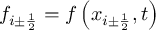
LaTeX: f _ { i \pm { \frac { 1 } { 2 } } } = f \left( x _ { i \pm { \frac { 1 } { 2 } } } , t \right)